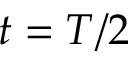
t = T / 2